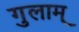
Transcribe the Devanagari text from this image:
गुलाम्